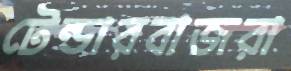
টেন্ডারবাজরা